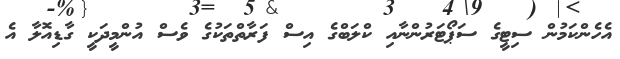
އެހެންކަމުން ސިޓީގެ ސަޕޯޓަރުންނާއި ކްލަބްގެ އިސް ފަރާތްތަކުގެ ވެސް އުންމީދަކީ ގާޑިއޮލާ އެ